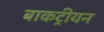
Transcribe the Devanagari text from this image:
बाकट्रीयन